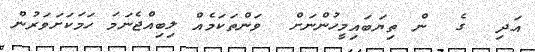
އަދި  ގެ  ން ތިޔަބައިމީހުންނަށް  ވަންތަކަމެއް ލިބިއްޖެނަމަ ހަމަކަށަވަރުން